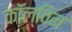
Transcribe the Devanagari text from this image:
काॅल्विन